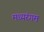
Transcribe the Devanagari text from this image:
मध्यरंगम